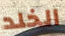
الخلد